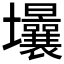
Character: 𡔒